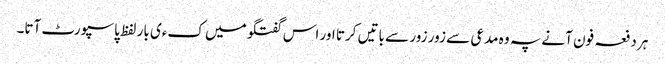
ہر دفعہ فون آنے پہ وہ مدعی سے زور زور سے باتیں کرتا اور اس گفتگو میں کءی بار لفظ پاسپورٹ آتا۔